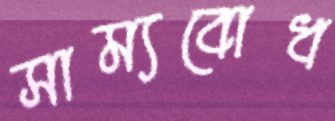
সাম্যবোধ